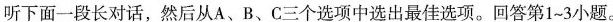
听下面-段长对话,然后从A、B、C三个选项中选出最佳选项.回答第1~3小题.